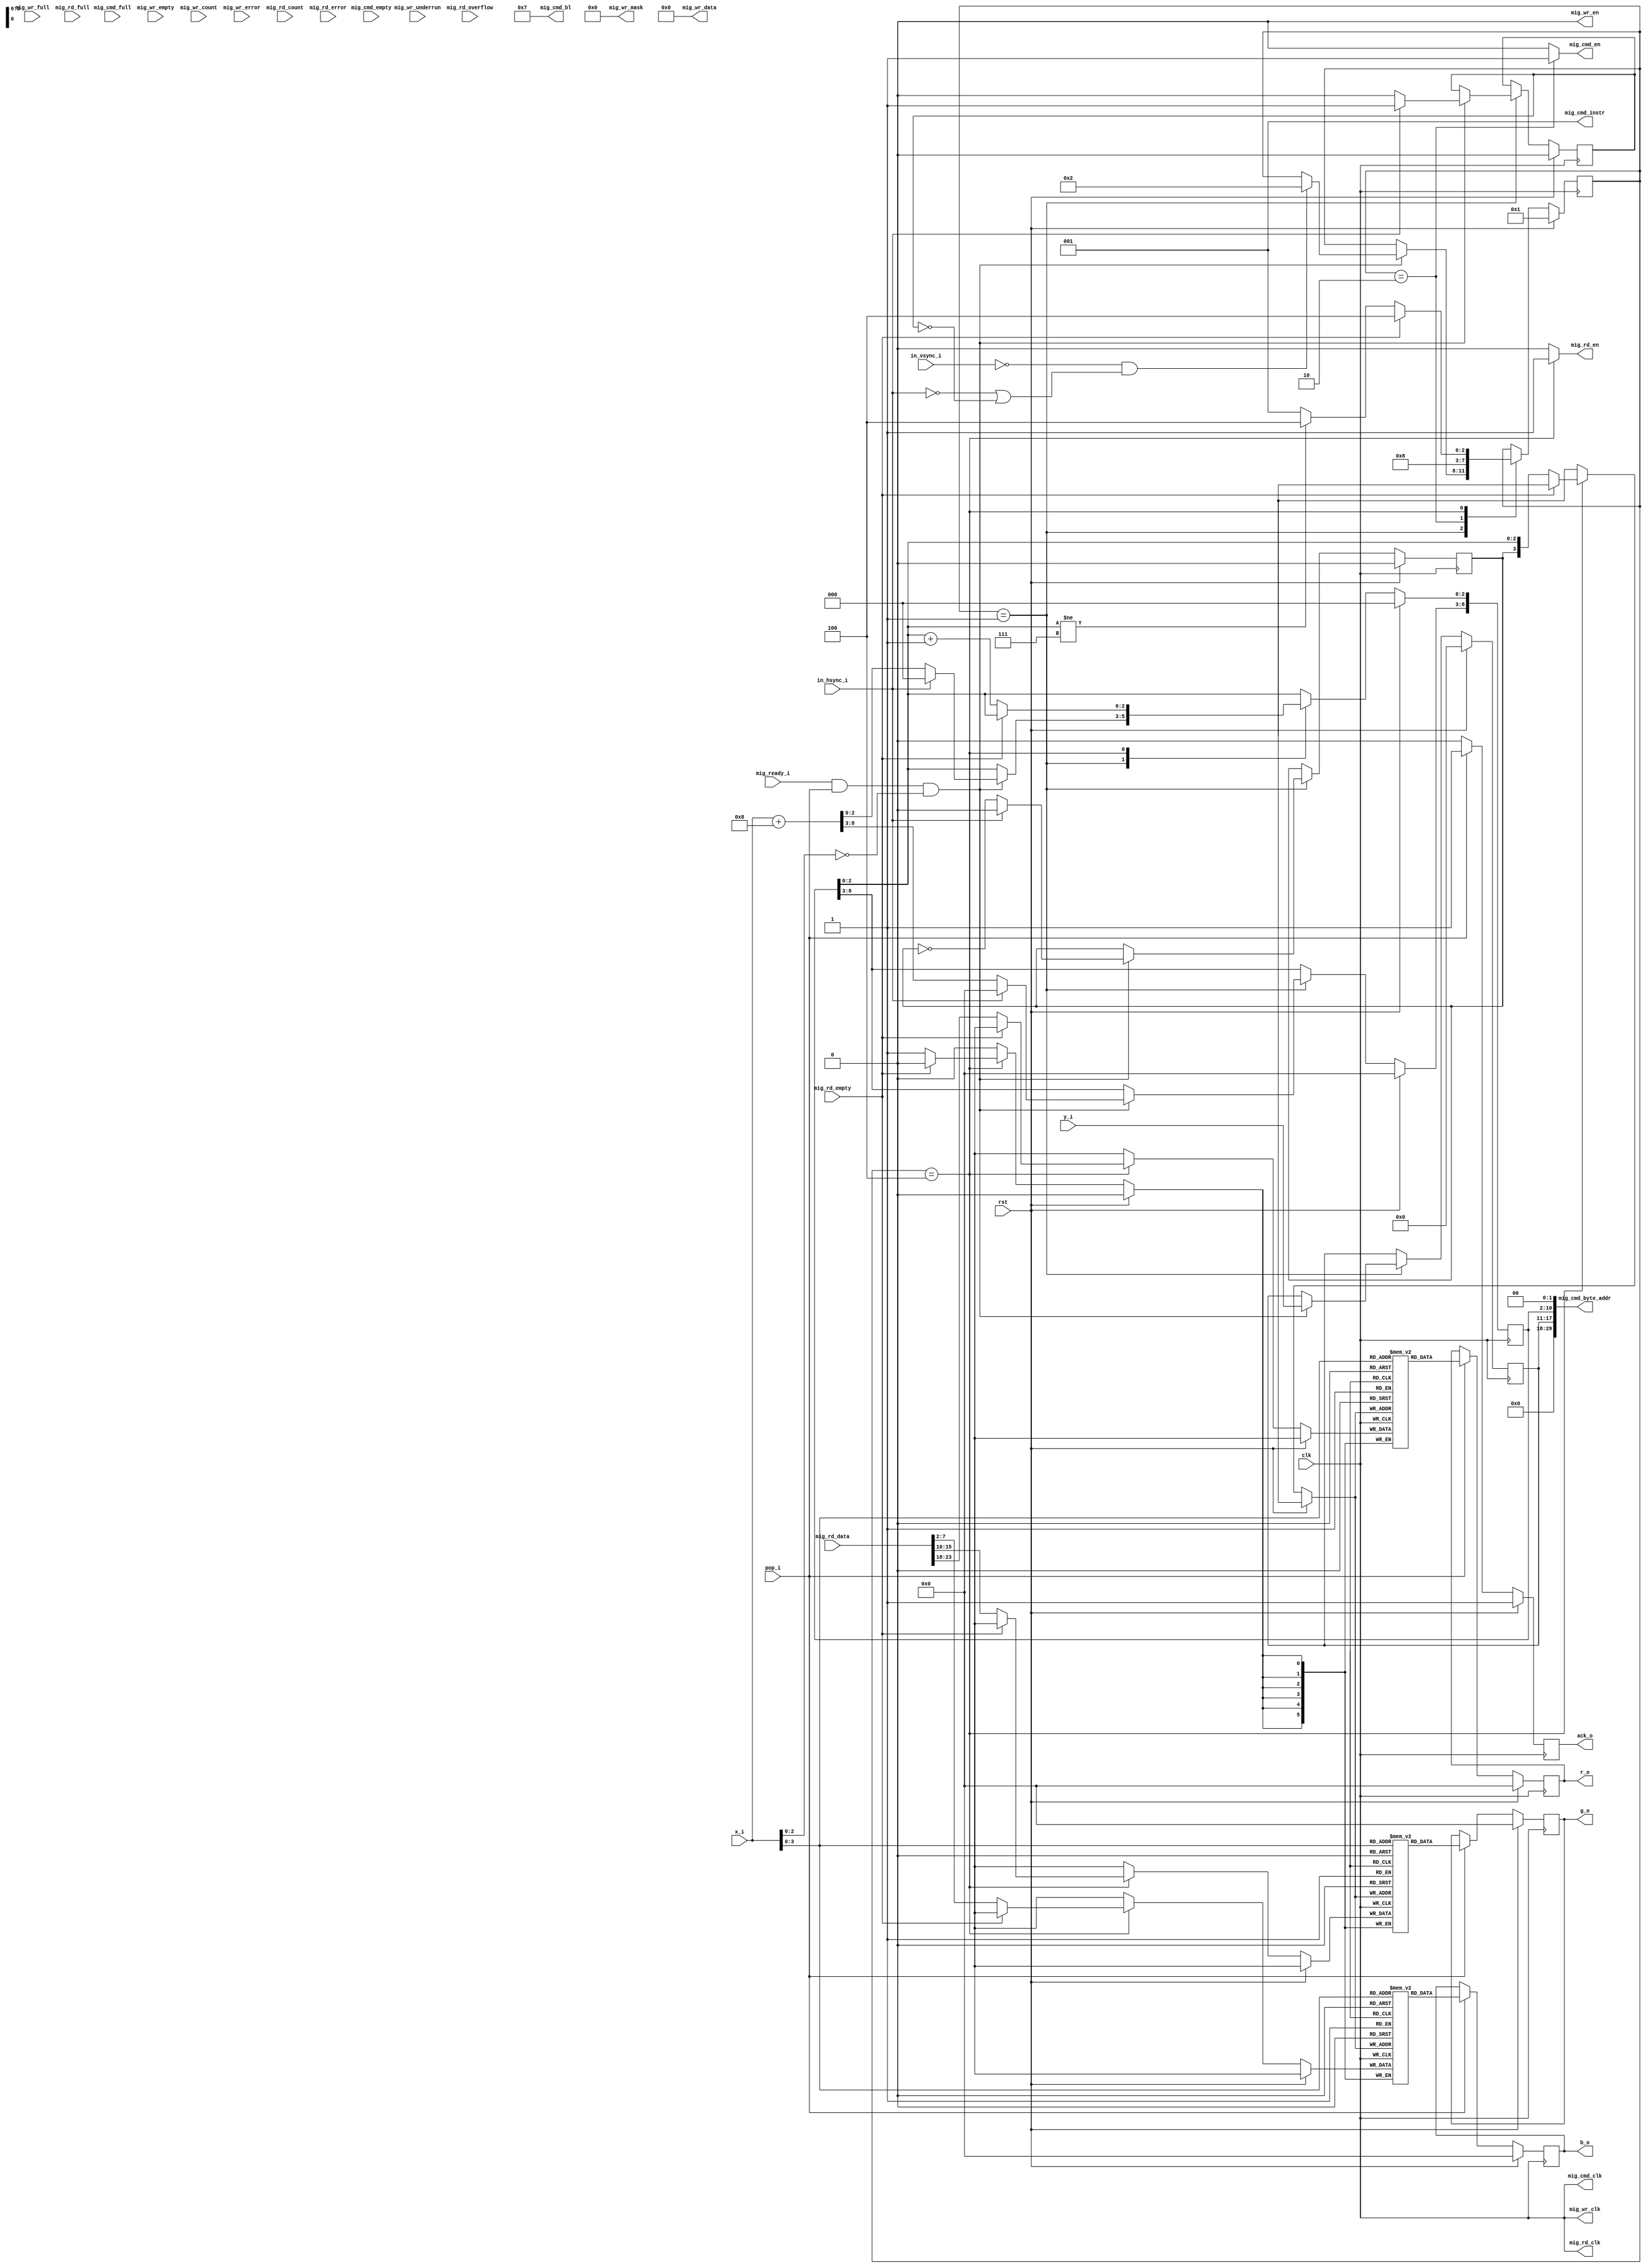
module ddr3_fb(
    input wire clk, 
    input wire rst,
    input wire mig_ready_i,
    output wire mig_cmd_clk,
    output wire mig_cmd_en,
    output wire [2:0] mig_cmd_instr,
    output wire [5:0] mig_cmd_bl,
    output wire [29:0] mig_cmd_byte_addr,
    input wire mig_cmd_empty,
    input wire mig_cmd_full,
    output wire mig_wr_clk,
    output wire mig_wr_en,
    output wire [3:0] mig_wr_mask,
    output wire [31:0] mig_wr_data,
    input wire mig_wr_full,
    input wire mig_wr_empty,
    input wire [6:0] mig_wr_count,
    input wire mig_wr_underrun,
    input wire mig_wr_error,
    output wire mig_rd_clk,
    output wire mig_rd_en,
    input wire [31:0] mig_rd_data,
    input wire mig_rd_full,
    input wire mig_rd_empty,
    input wire [6:0] mig_rd_count,
    input wire mig_rd_overflow,
    input wire mig_rd_error,
    input wire [8:0] x_i,
    input wire [6:0] y_i,
    input wire in_hsync_i,
    input wire in_vsync_i,
    input wire pop_i,
    output wire [5:0] r_o,
    output wire [5:0] g_o,
    output wire [5:0] b_o,
    output wire ack_o);
reg [3:0] state_ff;
localparam ST_INIT = 1;
localparam ST_EMIT_CMD = 2;
localparam ST_WAIT_DATA = 4;
wire [5:0] mig_rd_data_r;
wire [5:0] mig_rd_data_g;
wire [5:0] mig_rd_data_b;
assign mig_rd_data_r = mig_rd_data[23:18];
assign mig_rd_data_g = mig_rd_data[15:10];
assign mig_rd_data_b = mig_rd_data[7:2];
reg [8:0] prefetch_x_ff;
reg [6:0] prefetch_y_ff;
reg prefetch_xzero_done_ff;
reg prefetch_side_ff;
reg [5:0] r_cache_mem [15:0];
reg [5:0] g_cache_mem [15:0];
reg [5:0] b_cache_mem [15:0];
wire [3:0] cache_mem_wr_addr;
assign cache_mem_wr_addr = {prefetch_side_ff, prefetch_x_ff[2:0]};
always @(posedge clk) begin
    if (rst) begin
        state_ff <= ST_INIT;
        prefetch_x_ff <= 'b0;
        prefetch_y_ff <= 'b0;
        prefetch_xzero_done_ff <= 1'b0;
        prefetch_side_ff <= 1'b0;
    end else begin
        case (state_ff)
            ST_INIT: begin
                if (mig_ready_i && pop_i == 1'b1 && x_i[2:0] == 3'h0) begin
                    if (in_hsync_i == 1'b1) begin
                        prefetch_x_ff <= 9'h000;
                        prefetch_xzero_done_ff <= 1'b1;
                        prefetch_side_ff <= 1'b0;
                    end else begin
                        prefetch_x_ff <= x_i + 9'h008;
                        prefetch_xzero_done_ff <= 1'b0;
                        prefetch_side_ff <= ~prefetch_side_ff;
                    end
                    prefetch_y_ff <= y_i;
                    if (in_vsync_i == 1'b0 && (in_hsync_i == 1'b0 || prefetch_xzero_done_ff == 1'b0)) begin
                        state_ff <= ST_EMIT_CMD;
                    end
                end
            end
            ST_EMIT_CMD: begin
                state_ff <= ST_WAIT_DATA;
            end
            ST_WAIT_DATA: begin
                if (mig_rd_empty == 1'b1) begin
                    state_ff <= ST_WAIT_DATA;
                end else begin
                    r_cache_mem[cache_mem_wr_addr] <= mig_rd_data_r;
                    g_cache_mem[cache_mem_wr_addr] <= mig_rd_data_g;
                    b_cache_mem[cache_mem_wr_addr] <= mig_rd_data_b;
                    prefetch_x_ff[2:0] <= prefetch_x_ff[2:0] + 1;
                    if (prefetch_x_ff[2:0] != 3'h7) begin
                        state_ff <= ST_WAIT_DATA;
                    end else begin
                        state_ff <= ST_INIT;
                    end
                end
            end
        endcase
    end
end
assign mig_cmd_clk = clk;
assign mig_cmd_en = (state_ff == ST_EMIT_CMD) ? 1'b1 : 1'b0;
assign mig_cmd_instr = 3'b001;
assign mig_cmd_bl = 6'h07; 
assign mig_cmd_byte_addr[29:0] = {12'h000, prefetch_y_ff, prefetch_x_ff, 2'b00};
assign mig_wr_clk = clk;
assign mig_wr_en = 1'b0;
assign mig_wr_mask = 4'b0000;
assign mig_wr_data = 32'h0000;
assign mig_rd_clk = clk;
assign mig_rd_en = (state_ff == ST_WAIT_DATA) ? 1'b1 : 1'b0;
reg [5:0] r_ff;
reg [5:0] g_ff;
reg [5:0] b_ff;
reg ack_ff;
wire [3:0] cache_mem_rd_addr;
assign cache_mem_rd_addr = x_i[3:0];
always @(posedge clk) begin
    if (rst) begin
        r_ff <= 6'h00;
        g_ff <= 6'h00;
        b_ff <= 6'h00;
        ack_ff <= 1'b1;
    end else begin
        if (pop_i) begin
            r_ff <= r_cache_mem[cache_mem_rd_addr];
            g_ff <= g_cache_mem[cache_mem_rd_addr];
            b_ff <= b_cache_mem[cache_mem_rd_addr];
            ack_ff <= 1'b1;
        end else begin
            ack_ff <= 1'b0;
        end
    end
end
assign r_o = r_ff;
assign g_o = g_ff;
assign b_o = b_ff;
assign ack_o = ack_ff;
endmodule